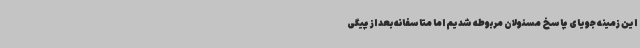
این زمینه جویای پاسخ مسئولان مربوطه شدیم اما متاسفانه بعد از پیگی